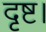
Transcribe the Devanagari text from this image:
दृष्ट।